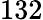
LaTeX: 132